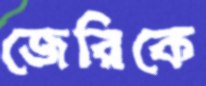
জেরিকে